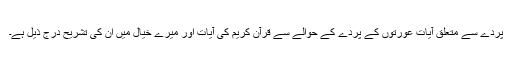
پردے سے متعلق آیات عورتوں کے پردے کے حوالے سے قرآن کریم کی آیات اور میرے خیال میں اُن کی تشریح درج ذیل ہے۔